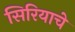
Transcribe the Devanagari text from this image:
सिरियाचे